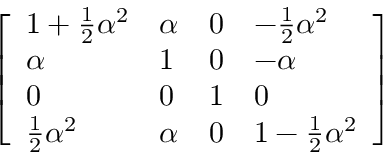
{ \left[ \begin{array} { l l l l } { 1 + { \frac { 1 } { 2 } } \alpha ^ { 2 } } & { \alpha } & { 0 } & { - { \frac { 1 } { 2 } } \alpha ^ { 2 } } \\ { \alpha } & { 1 } & { 0 } & { - \alpha } \\ { 0 } & { 0 } & { 1 } & { 0 } \\ { { \frac { 1 } { 2 } } \alpha ^ { 2 } } & { \alpha } & { 0 } & { 1 - { \frac { 1 } { 2 } } \alpha ^ { 2 } } \end{array} \right] }